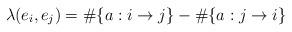
LaTeX: \begin{align*}\lambda(e_i,e_j) = \#\{ a:i\to j\} - \#\{ a:j \to i\}\end{align*}